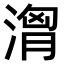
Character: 𣺷